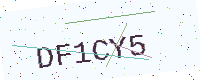
Text: DF1CY5